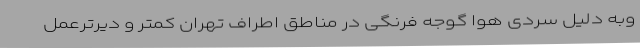
وبه دلیل سردی هوا گوجه فرنگی در مناطق اطراف تهران کمتر و دیرترعمل